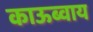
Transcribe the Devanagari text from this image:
काऊब्वाय